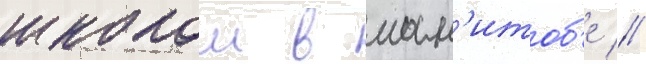
школои в ман'итоб'е //